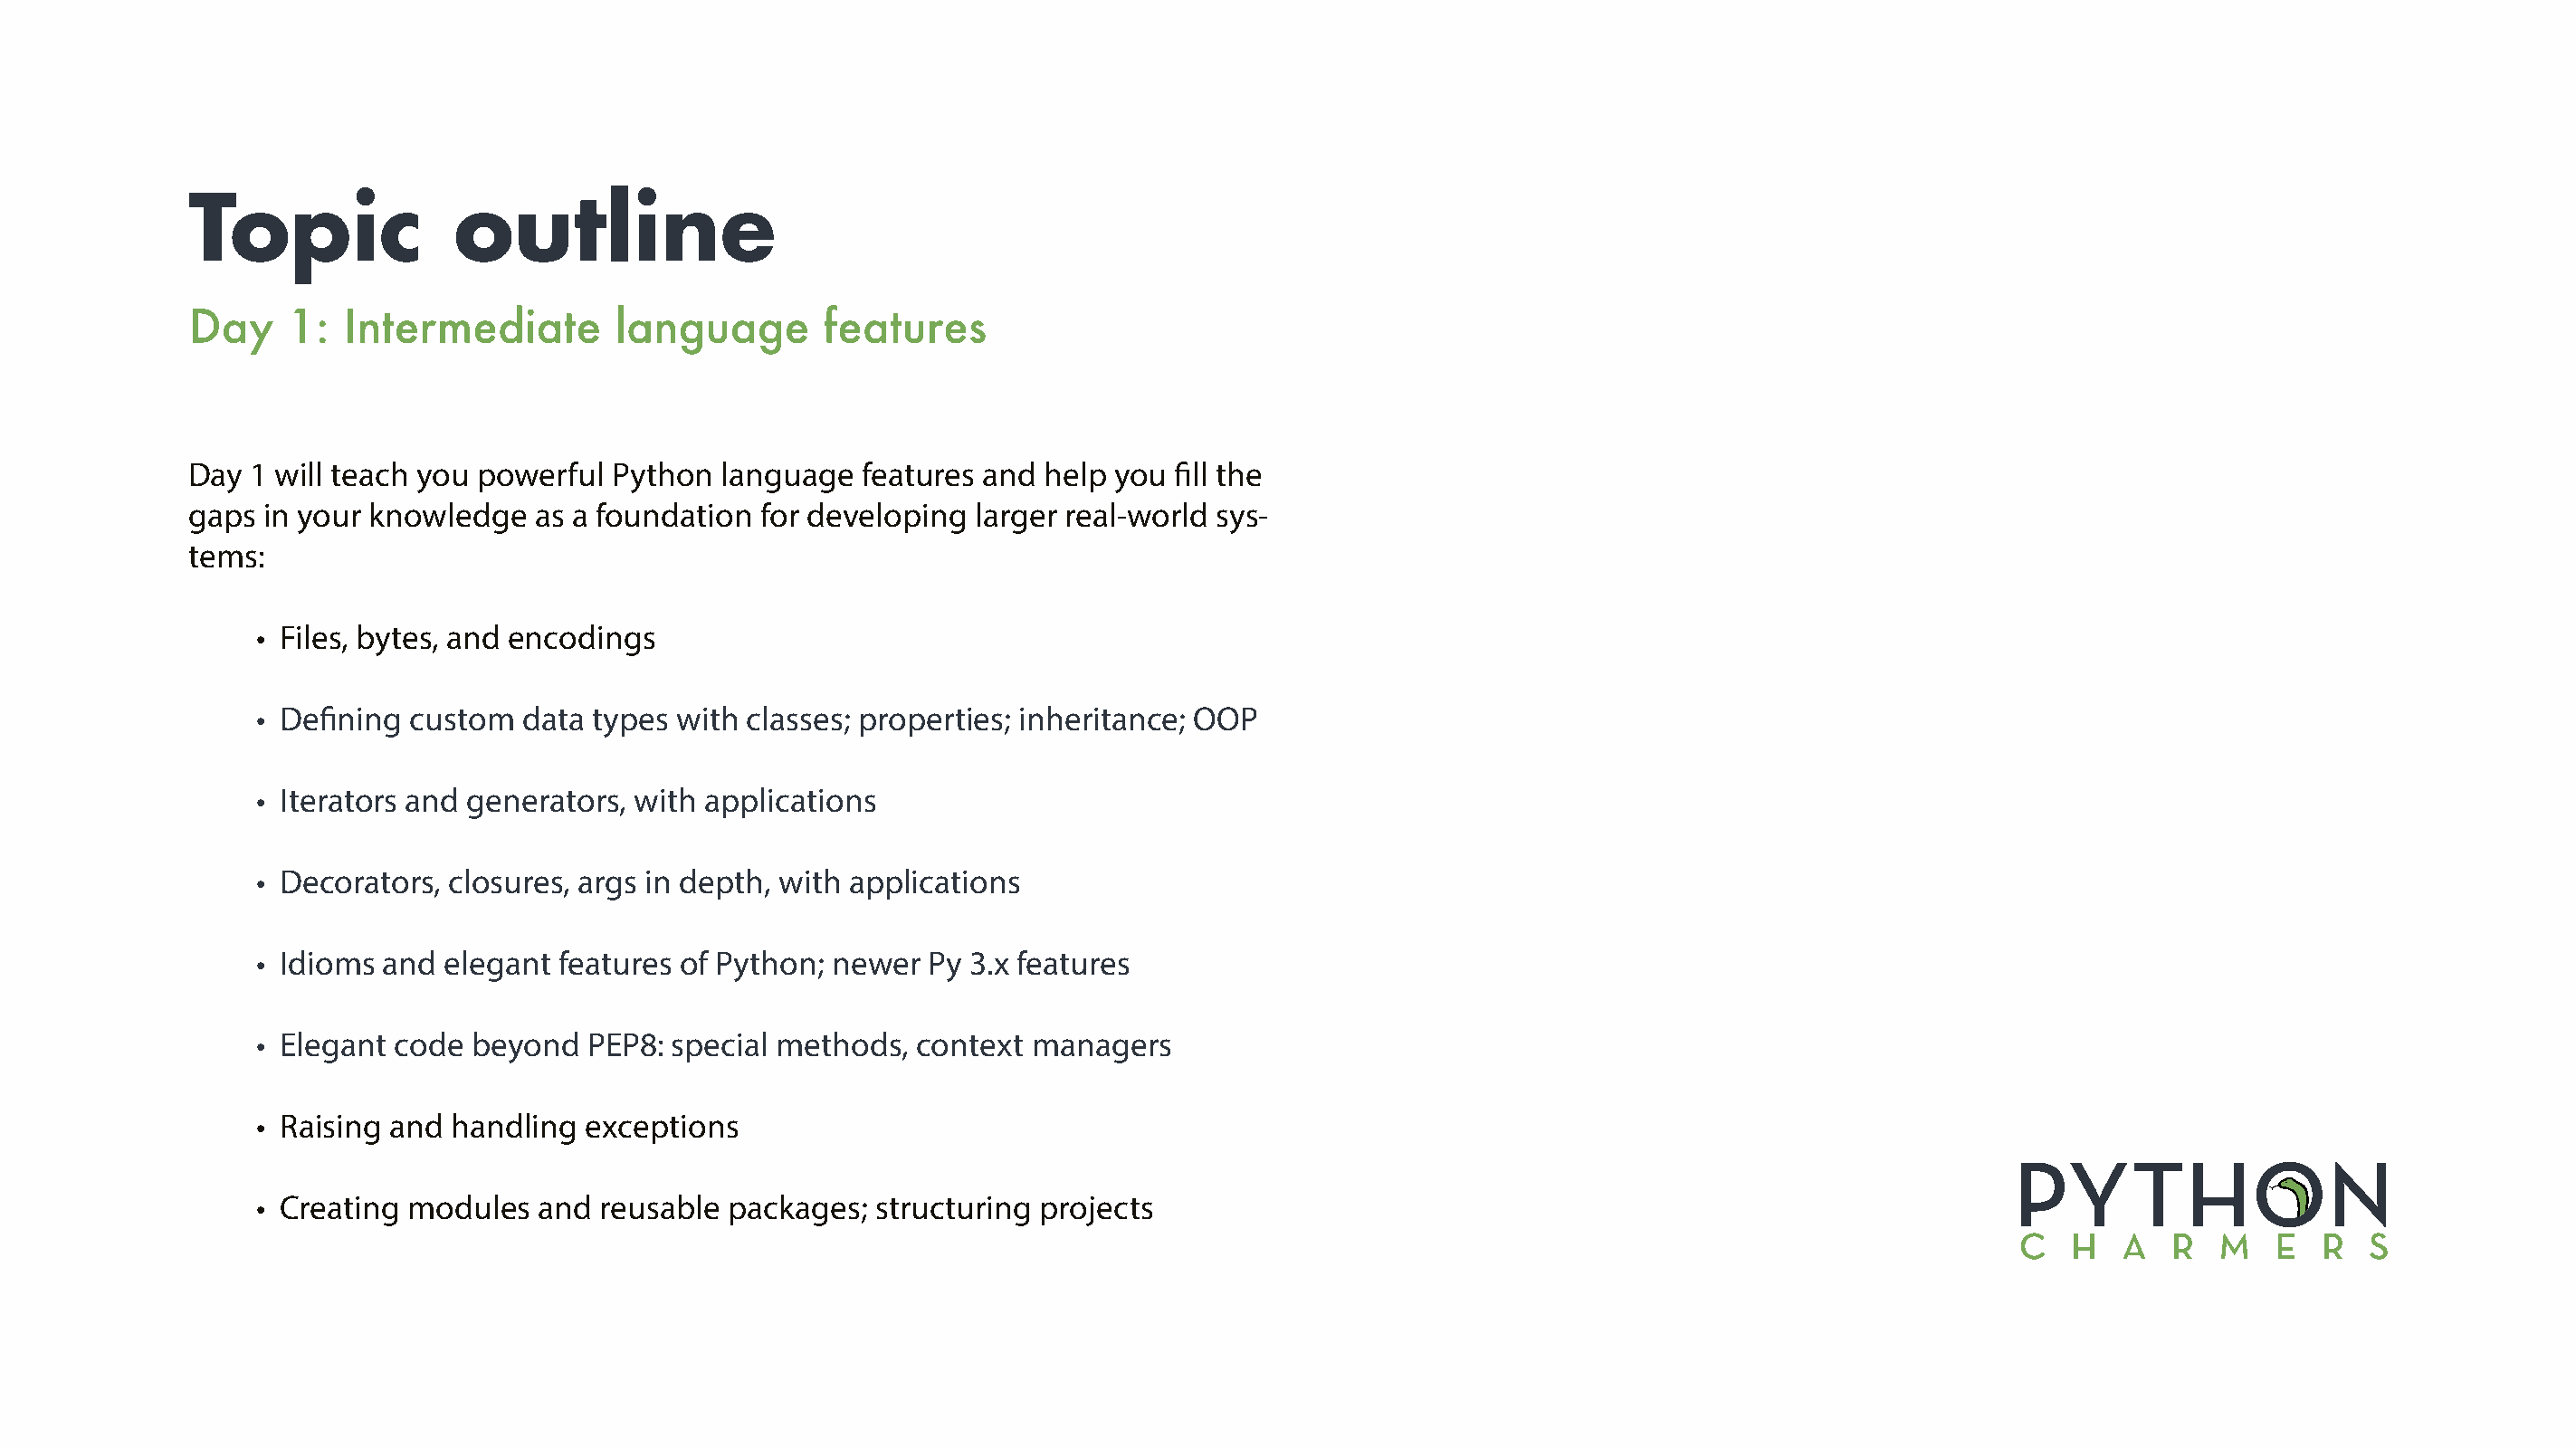
Topic              outline
 Day    1:  Intermediate        language       features
 Day 1 will teach you powerful  Python  language  features and help  you fill the
 gaps in your knowledge   as a foundation  for developing larger real-world sys-
 tems:
 • Files, bytes, and encodings
 • Defining custom  data types  with classes; properties; inheritance; OOP
 • Iterators and generators, with applications
 • Decorators, closures, args in depth, with applications
 • Idioms and  elegant features of Python; newer  Py 3.x features
 • Elegant code beyond   PEP8: special methods,  context managers
 • Raising and handling  exceptions
 • Creating modules  and  reusable packages;  structuring projects